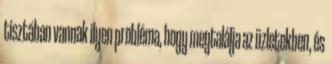
tisztában vannak ilyen probléma, hogy megtalálja az üzletekben, és